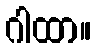
ဂါထာ။